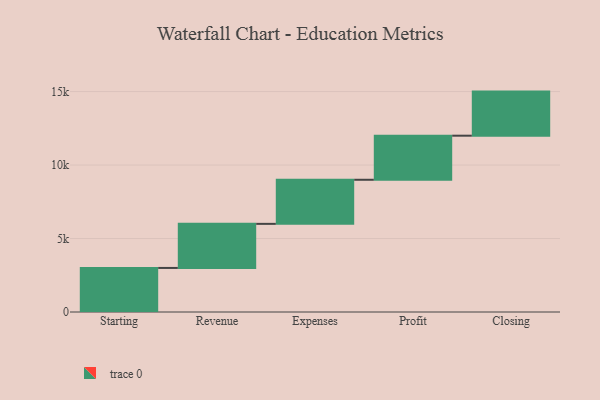
{"axis": {"x": "Step", "y": "Value"}, "legend": [""], "data": [{"x": "Starting", "y": 2998.0, "type": ""}, {"x": "Revenue", "y": 3000, "type": ""}, {"x": "Expenses", "y": 3000, "type": ""}, {"x": "Profit", "y": 3000, "type": ""}, {"x": "Closing", "y": 3000, "type": ""}]}